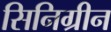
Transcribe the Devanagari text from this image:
सिनिग्रीन